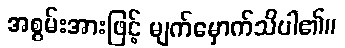
အစွမ်းအားဖြင့် မျက်မှောက်သိပါ၏။